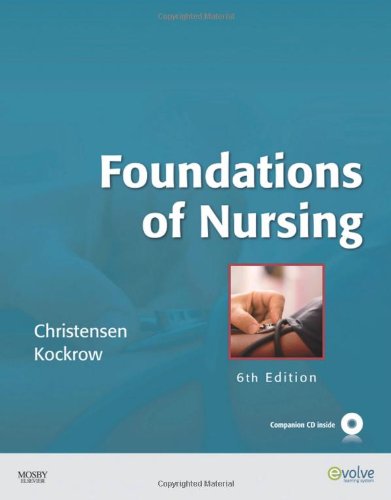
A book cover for Foundations of Nursing, 6e; Barbara Lauritsen Christensen RN  MS; Medical Books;